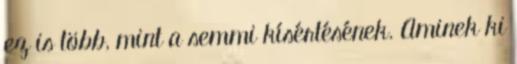
ez is több, mint a semmi kísértésének. Aminek ki